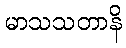
မာသသတာနိ